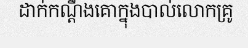
ដាក់កណ្តឹងគោក្នុងបាល់លោកគ្រូ